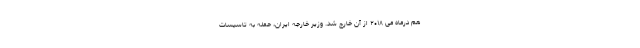
هم درماه می ۲۰۱۸ از آن خارج شد. وزیر خارجه ایران، حمله به تاسیسات